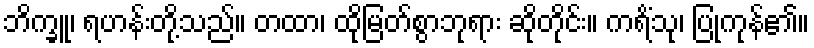
ဘိက္ခူ၊ ရဟန်းတို့သည်။ တထာ၊ ထိုမြတ်စွာဘုရား ဆိုတိုင်း။ ကရိံသု၊ ပြုကုန်၏။